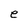
Character: e